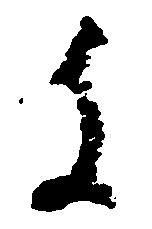
に